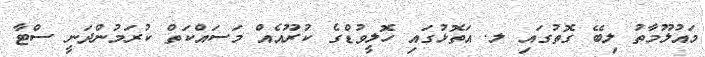
މައުލޫމާތު ލިބޭ ގޮތުގައި ލ. އަތޮޅުގައި ހޮލީވުޑްގެ ކުރޫއެއް މަސައްކަތް ކުރަމުންދަނީ ސްޓާ